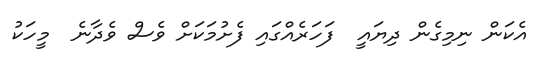
އެކަން ނިމިގެން ދިޔައީ  ފަހަރެއްގައި ފެށުމަކަށް ވެސް ވެދާނެ  މީހަކު